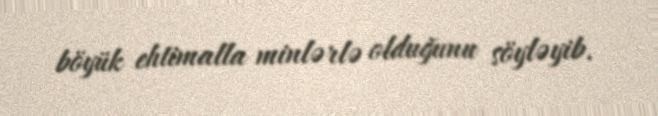
böyük ehtimalla minlərlə olduğunu söyləyib.